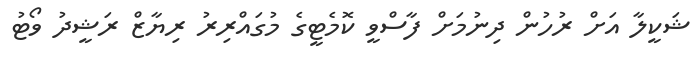
ޝަކީލާ އަށް ރުހުން ދިނުމަށް ފާސްވީ ކޮމެޓީގެ މުގައްރިރު ރިޔާޒް ރަޝީދު ވޯޓު